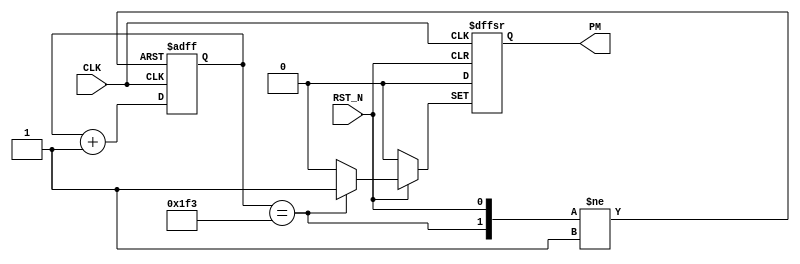
//4Hz
module FDIV(CLK, PM, RST_N);
	input CLK;
	input	RST_N;
	output PM;
	reg[8:0] Q1;
	reg FULL;
	wire RST;
	
	always @(posedge CLK or posedge RST	or negedge RST_N)
	begin  
		if (!RST_N)	
		begin 
			Q1<=0; FULL<=0;
		end 
		else if (RST) 
		begin
			Q1<=0; FULL<=1;
		end
		else begin 
			Q1<=Q1+1; FULL<=0;
		end 
	end 
	assign RST=(Q1==499);
	assign PM=FULL;
	
endmodule